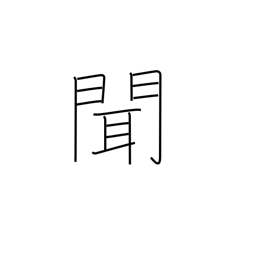
Meaning: hear